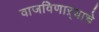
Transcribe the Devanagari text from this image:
वाजविणाऱ्याचे